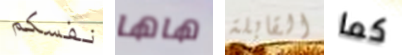
نفسكم هاها القابلة كما